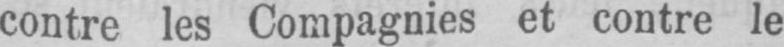
contre les Compagnies et contre le